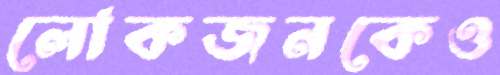
লোকজনকেও